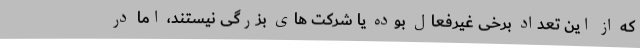
که از این تعداد برخی غیرفعال بوده یا شرکت های بزرگی نیستند، اما در